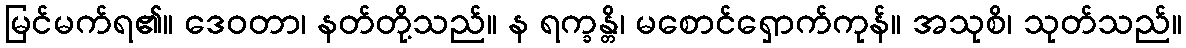
မြင်မက်ရ၏။ ဒေဝတာ၊ နတ်တို့သည်။ န ရက္ခန္တိ၊ မစောင်ရှောက်ကုန်။ အသုစိ၊ သုတ်သည်။